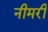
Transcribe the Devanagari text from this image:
नीमरी